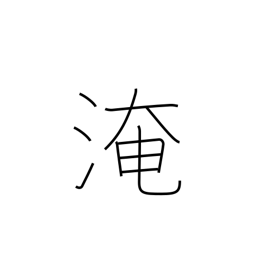
Meaning: immerse